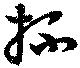
杯